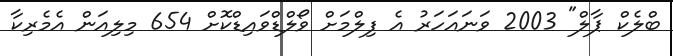
ބްލެކް ޕާލް" 2003 ވަނައަހަރު އެ ފިލްމަށް ވޯލްޑްވައިޑްކޮށް 654 މިލިއަން އެމެރިކާ